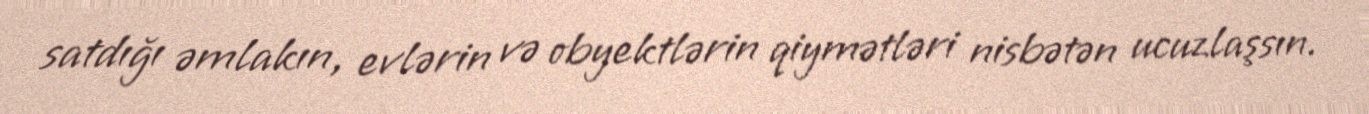
satdığı əmlakın, evlərin və obyektlərin qiymətləri nisbətən ucuzlaşsın.